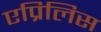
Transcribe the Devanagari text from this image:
एप्रिलिस